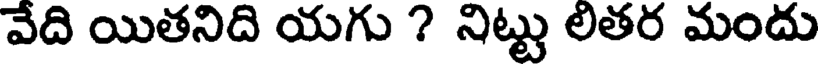
వేది యితనిది యగు ? నిట్టు లితర మందు